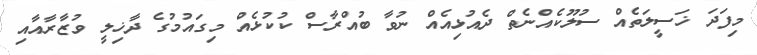
މިފަދަ ޚަސީލަތެއް ސުލޫކެއްނެތް ދެއުޅިއެއް ނުވާ ބުއްރާސް ކުކުޅެއް މިގައުމުގެ ދާޚިލީ ވުޒާރާއާއި